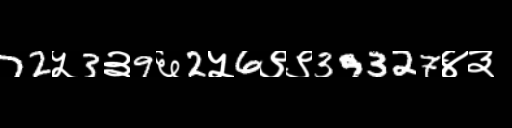
Text: 72५3३9६2५6९९39327४३